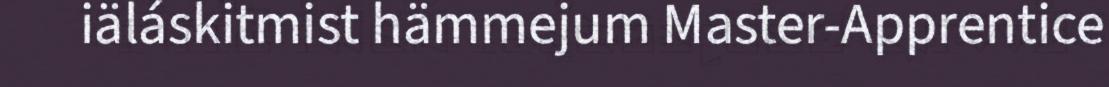
iäláskitmist hämmejum Master-Apprentice